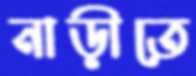
নাড়ীতে